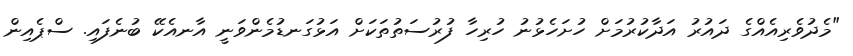
"މެދުވެރިއެއްގެ ދައުރު އަދާކުރުމަށް ހުށަހެޅުނު ހުރިހާ ފުރުސަތުތަކަށް އަޅުގަނޑުމެންވަނީ އާނއެކޭ ބުނެފައި. ސްޕެއިން